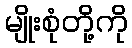
မျိုးစုံတို့ကို